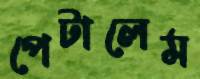
পেটালেম